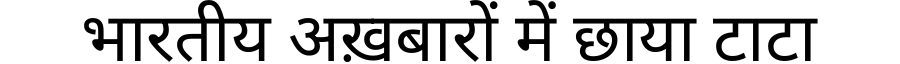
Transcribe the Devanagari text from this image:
भारतीय अख़बारों में छाया टाटा